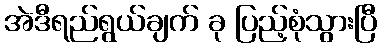
အဲဒီရည်ရွယ်ချက် ခု ပြည့်စုံသွားပြီ